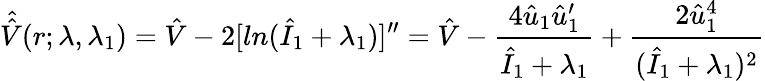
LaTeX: \hat{\hat{V}}(r;\lambda,\lambda_{1})=\hat{V}-2[ln(\hat{I}_{1}+\lambda_{1})]^{\prime\prime}=\hat{V}-\frac{4\hat{u}_{1}\hat{u}_{1}^{\prime}}{\hat{I}_{1}+\lambda_{1}}+\frac{2\hat{u}_{1}^{4}}{(\hat{I}_{1}+\lambda_{1})^{2}}